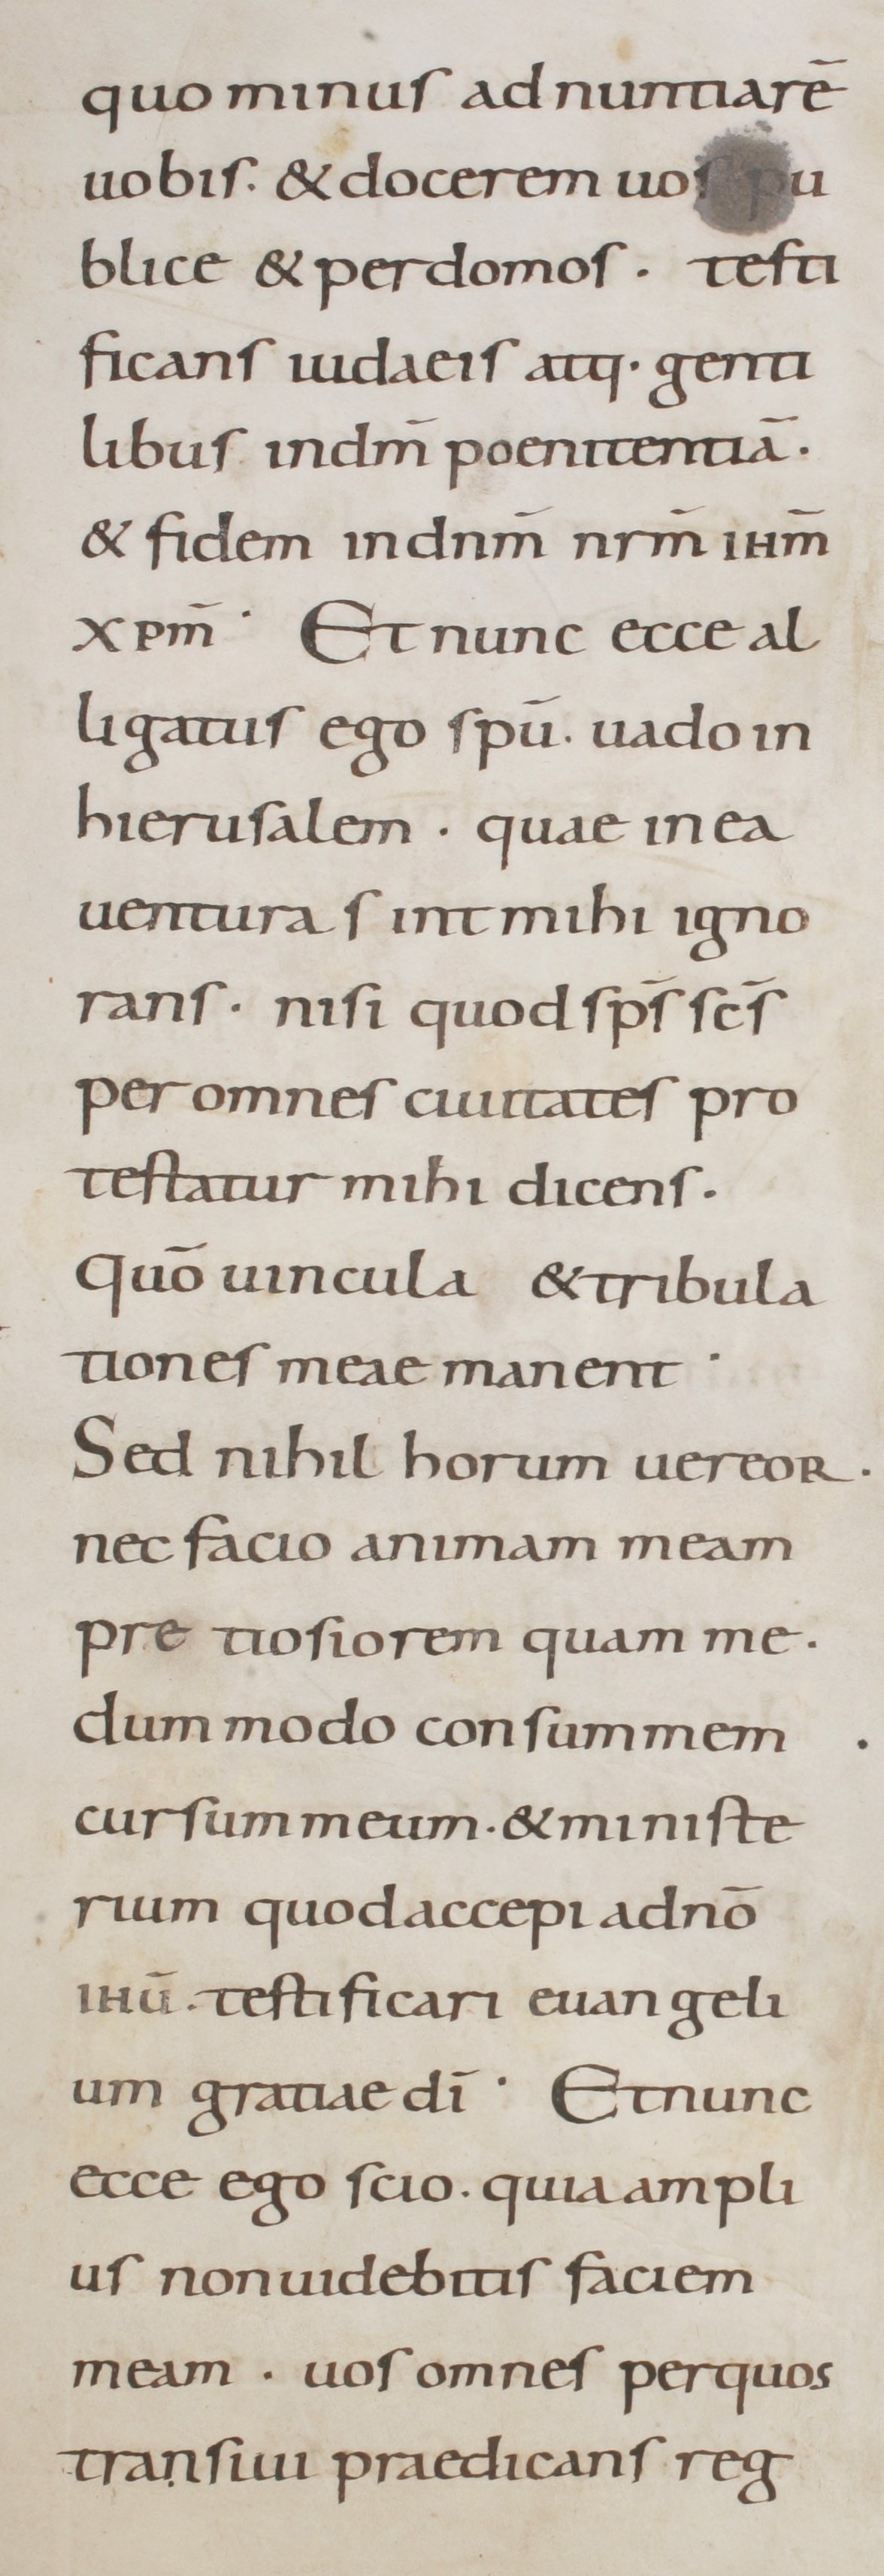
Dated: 800–899